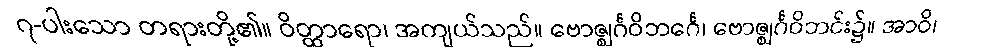
၇-ပါးသော တရားတို့၏။ ဝိတ္ထာရော၊ အကျယ်သည်။ ဗောဇ္ဈင်္ဂဝိဘင်္ဂေ၊ ဗောဇ္ဈင်္ဂဝိဘင်း၌။ အာဝိ၊